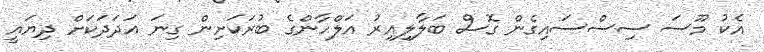
އެކު މޫސަ ސިސްސައިގެން ގޮސް ބަލާލިއިރު އަލްހާންގެ ބުރަކަށިން ގިނަ އަދަދަކަށް ދިޔައީ